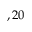
, 2 0